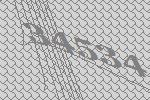
34534